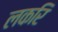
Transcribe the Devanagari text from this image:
लकरि